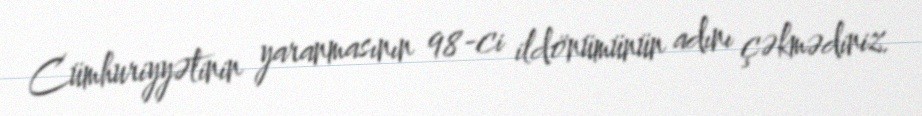
Cümhuriyyətinin yaranmasının 98-ci ildönümünün adını çəkmədiniz.